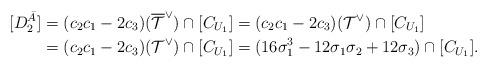
LaTeX: \begin{align*} [D^{\bar{A}}_2]&=(c_2c_1-2c_3)(\overline{{\mathcal T}}^{\vee})\cap [C_{U_1}]=(c_2c_1-2c_3)({\mathcal T}^{\vee})\cap [C_{U_1}] \\ &=(c_2c_1-2c_3)({\mathcal T}^{\vee})\cap [C_{U_1}] = (16\sigma_1^3-12\sigma_1\sigma_2+12\sigma_3)\cap [C_{U_1}].\end{align*}